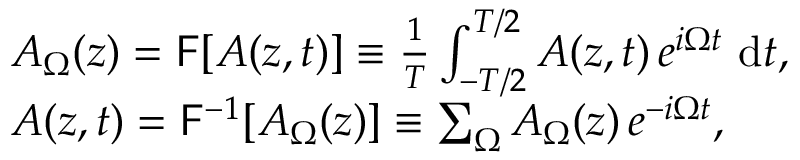
\begin{array} { r l } & { A _ { \Omega } ( z ) = \mathsf { F } [ A ( z , t ) ] \equiv \frac { 1 } { T } \int _ { - T / 2 } ^ { T / 2 } A ( z , t ) \, e ^ { i \Omega t } ~ \mathrm { { d } } t , } \\ & { A ( z , t ) = \mathsf { F } ^ { - 1 } [ A _ { \Omega } ( z ) ] \equiv \sum _ { \Omega } A _ { \Omega } ( z ) \, e ^ { - i \Omega t } , } \end{array}